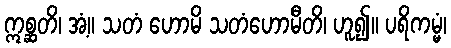
ဣစ္ဆတိ၊ အံ့။ သတံ ဟောမိ သတံဟောမီတိ၊ ဟူ၍။ ပရိကမ္မံ၊